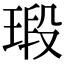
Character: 瑖